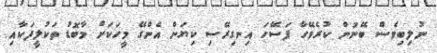
ނުލިބިވެސް ބޭނުން ކުރެވޭހާ ފަސޭހަ އިނގިރޭސި ކިޔަން އެންގޭ މީހަކަށް މާބޮޑު ތަކުލީފަކާއި